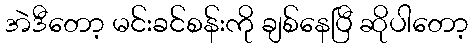
အဲဒီတော့ မင်းခင်စန်းကို ချစ်နေပြီ ဆိုပါတော့